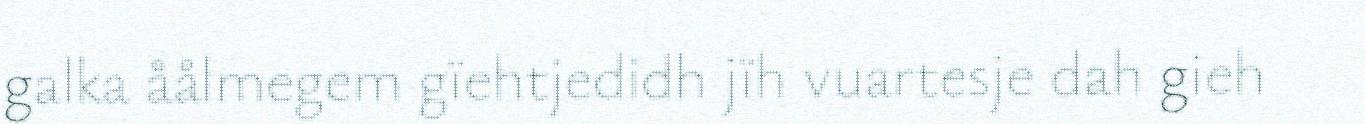
galka åålmegem gïehtjedidh jïh vuartesje dah gieh